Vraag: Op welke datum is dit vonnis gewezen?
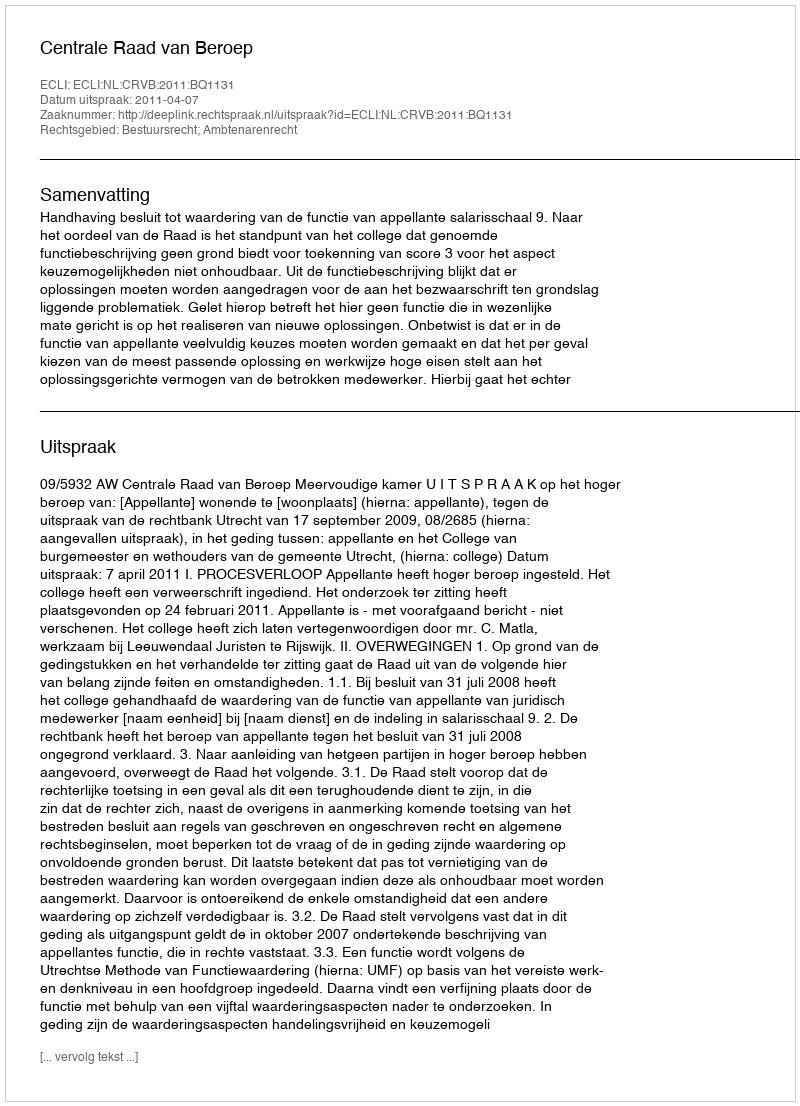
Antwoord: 2011-04-07